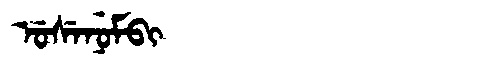
Manchu: ᡠᠰᡝᠨᡠᠮᠪᡳ
Romanization: USENUMBI